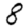
Digit: 8